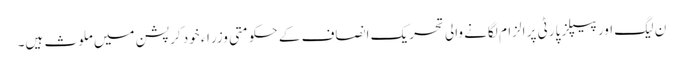
ن لیگ اور پیپلز پارٹی پر الزام لگانے والی تحریک انصاف کے حکومتی وزراء خود کرپشن میں ملوث ہیں۔